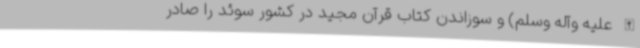
الله علیه وآله وسلم) و سوزاندن کتاب قرآن مجید در کشور سوئد را صادر